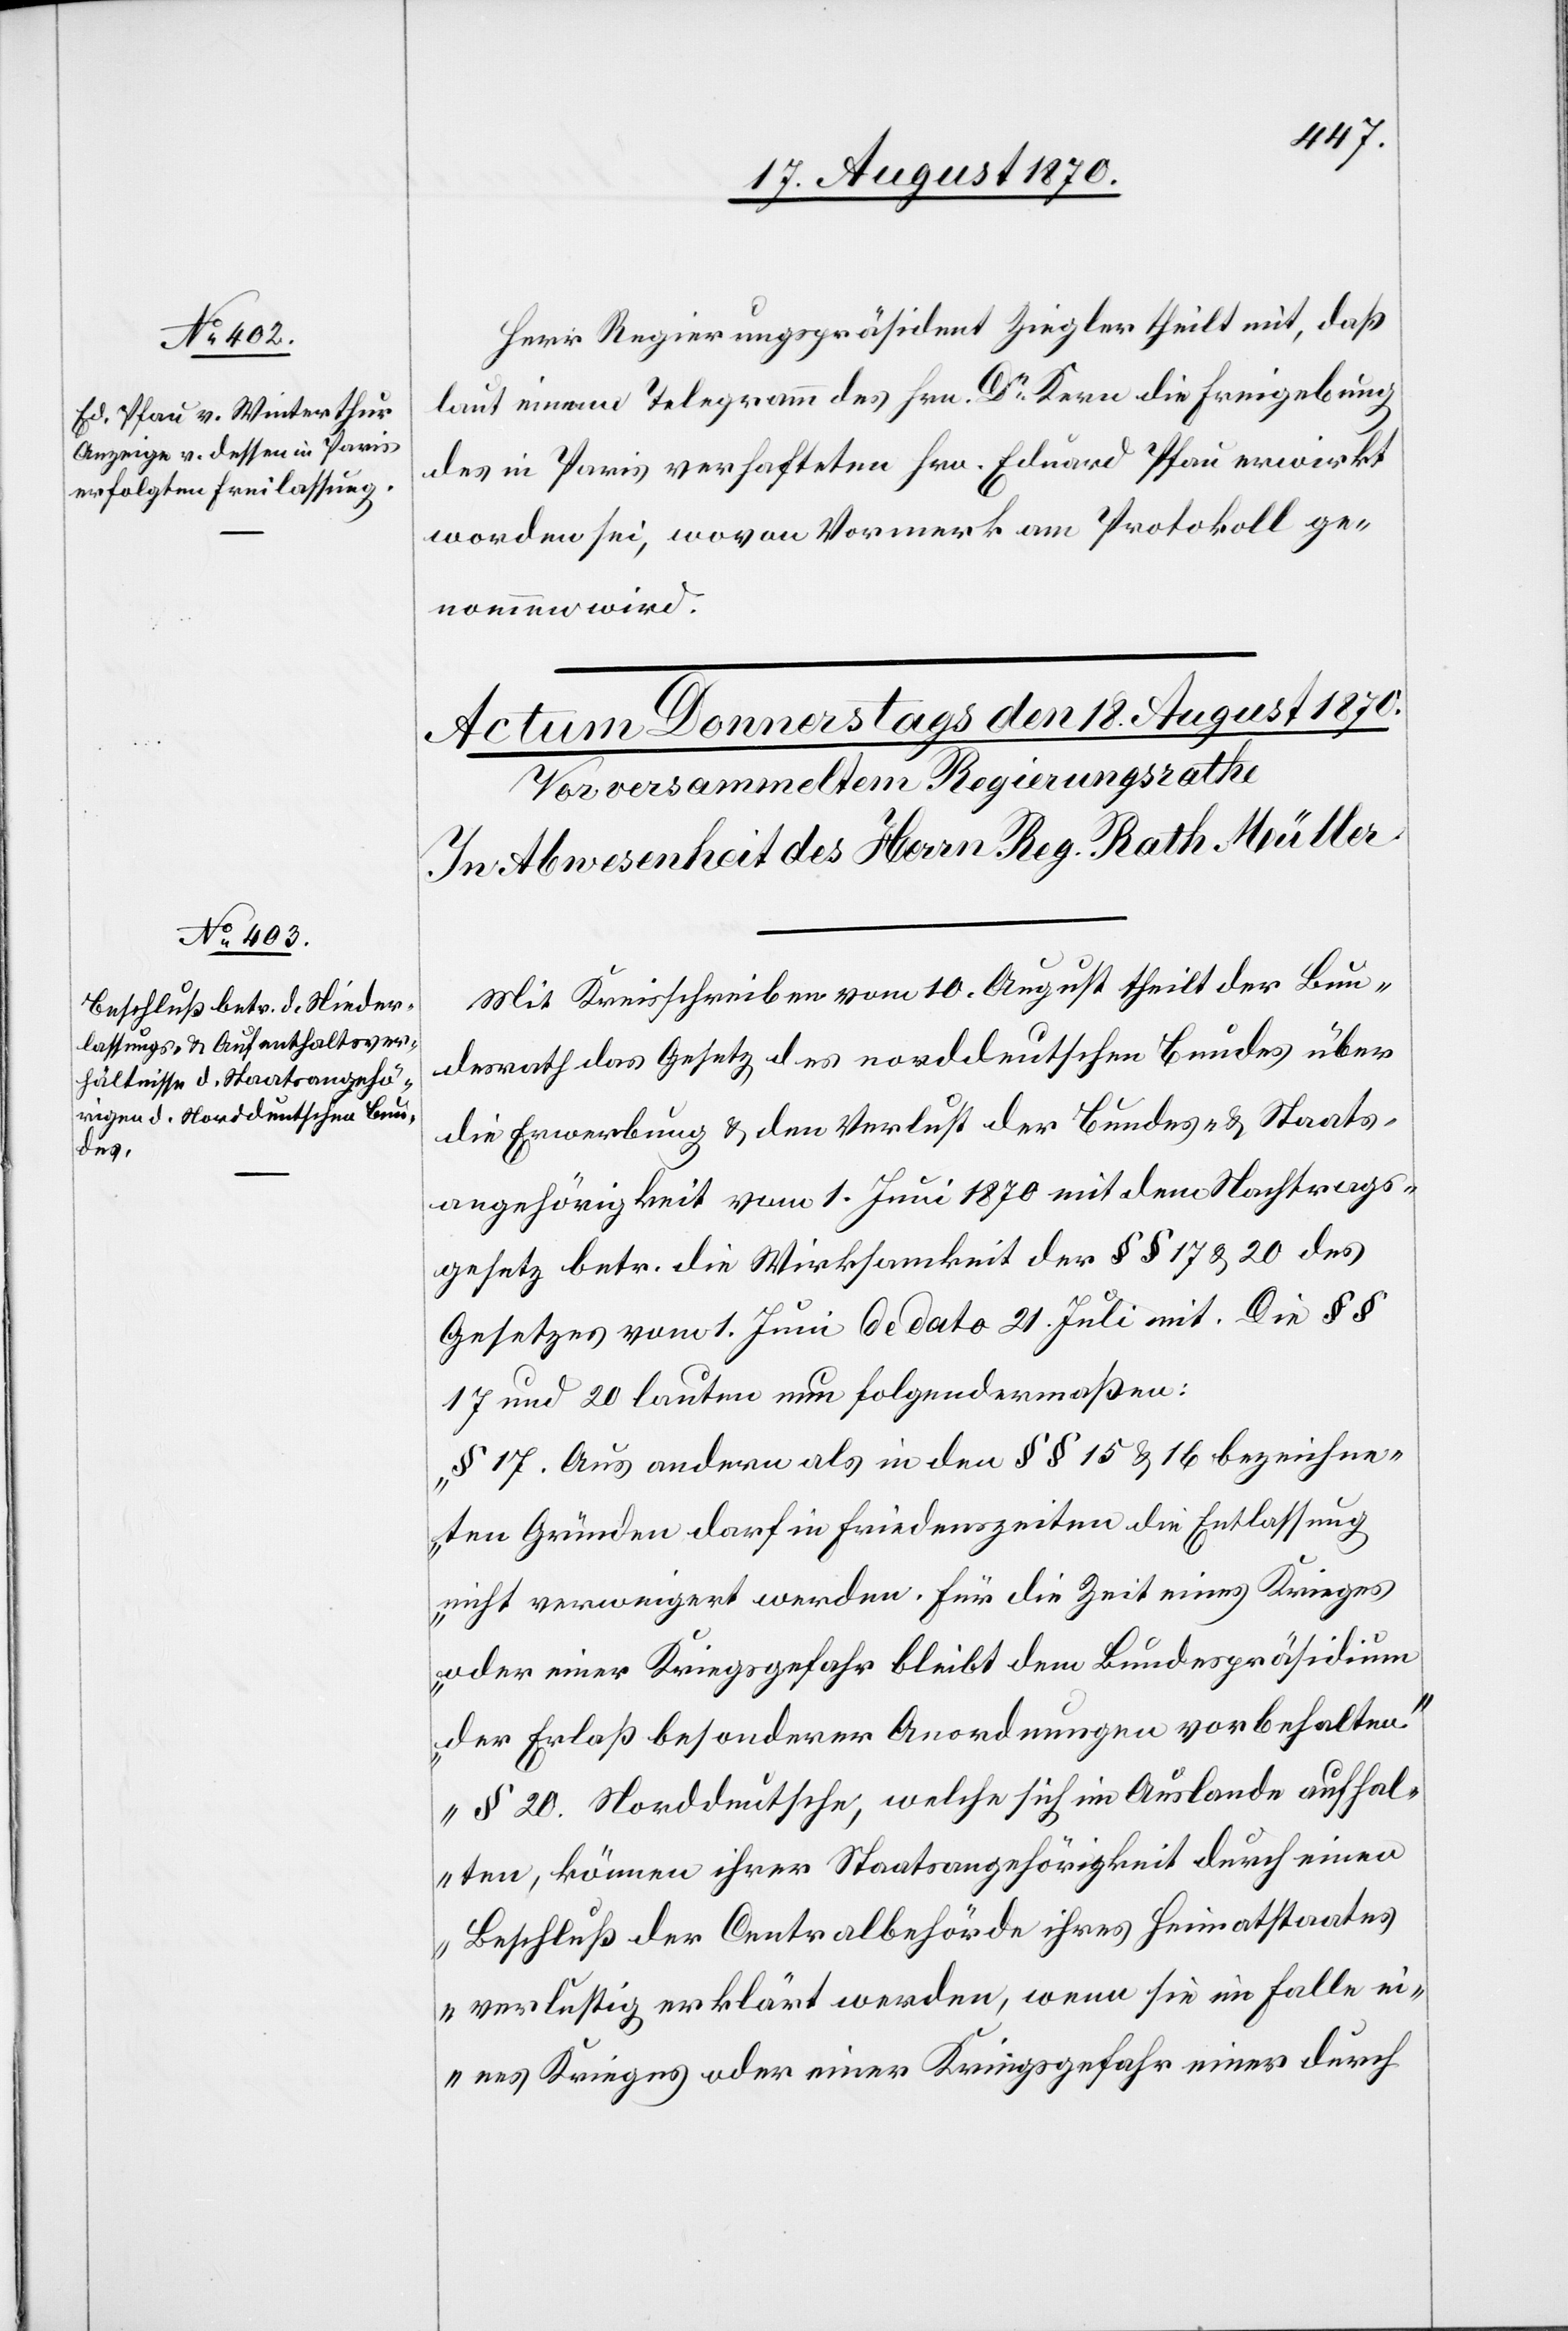
Herr Regierungspräsident Ziegler theilt mit, daß
laut einem Telegramm des Hrn. Dr Kern die Freigebung
des in Paris verhafteten Hrn. Eduard Pfau erwirkt
worden sei, wovon Vormerk am Protokoll ge¬
nommen wird.
Mit Kreisschreiben vom 10. August theilt der Bun¬
desrath das Gesetz des norddeutschen Bundes über
die Erwerbung & den Verlust der Bundes- & Staats¬
angehörigkeit vom 1. Juni 1870 mit dem Nachtrags¬
gesetz betr. die Wirksamkeit der §§ 17 & 20 des
Gesetzes vom 1. Juni de dato 21. Juli mit. Die §§
17 und 20 lauten nun folgendermaßen:
„§ 17. Aus andern als in den §§ 15 & 16 bezeichne¬
ten Gründen darf in Friedenszeiten die Entlassung
nicht verweigert werden. Für die Zeit eines Krieges
oder einer Kriegsgefahr bleibt dem Bundespräsidium
der Erlaß besonderer Anordnungen vorbehalten.“
„§ 20. Norddeutsche, welche sich im Auslande aufhal¬
ten, können ihrer Staatsangehörigkeit durch einen
Beschluß der Centralbehörde ihres Heimatstaates
verlustig erklärt werden, wenn sie im Falle ei¬
nes Krieges oder einer Kriegsgefahr einer durch